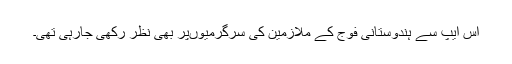
اس ایپ سے ہندوستانی فوج کے ملازمین کی سرگرمیوںپر بھی نظر رکھی جارہی تھی۔